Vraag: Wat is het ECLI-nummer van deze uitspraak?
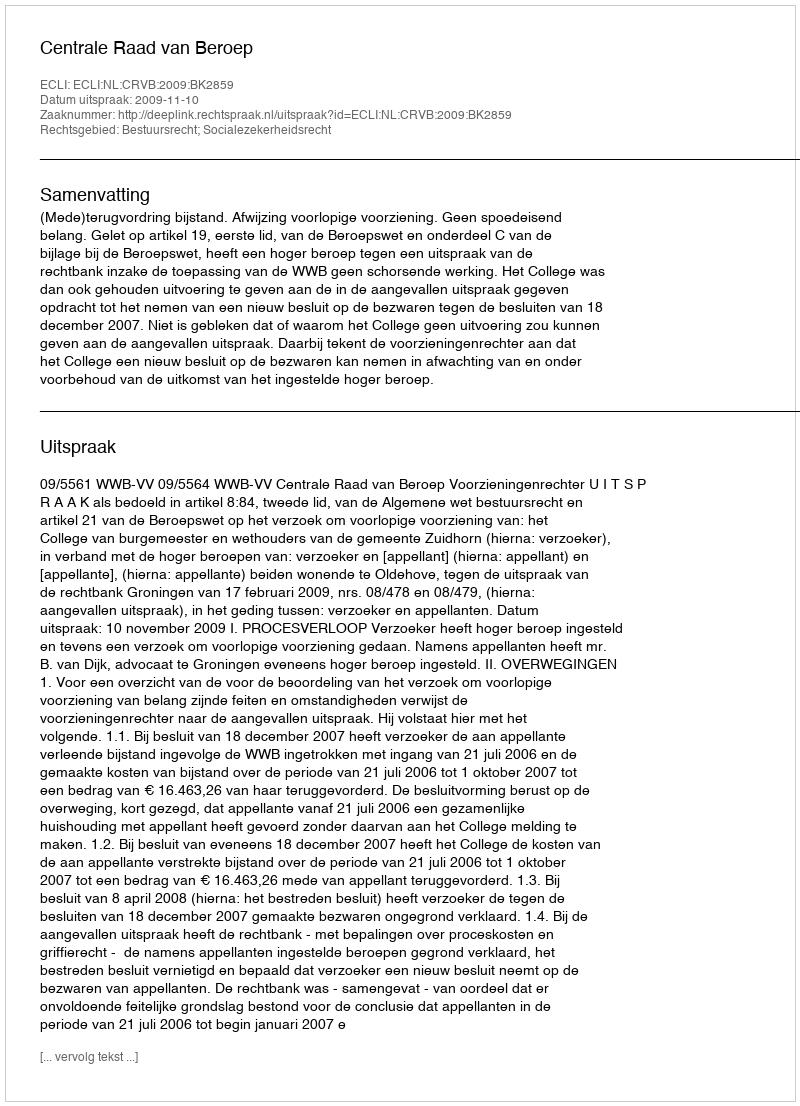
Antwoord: ECLI:NL:CRVB:2009:BK2859